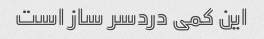
این کمی دردسر ساز است